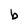
Character: b